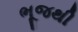
ભૂજથી